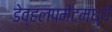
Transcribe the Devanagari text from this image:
डेव्हलपमेंटमध्ये